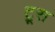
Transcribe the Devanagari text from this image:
ट्रूस